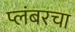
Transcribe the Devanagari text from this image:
प्लंबरचा